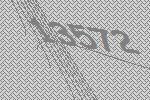
13572